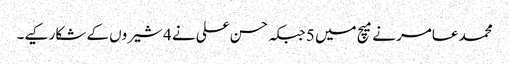
محمد عامر نے میچ میں 5 جبکہ حسن علی نے 4 شیروں کے شکار کیے۔